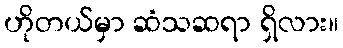
ဟိုတယ်မှာ ဆံသဆရာ ရှိလား။